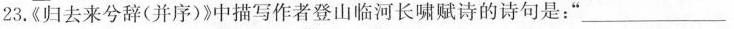
23.《归去来兮辞(并序)》中描写作者登山临河长啸赋诗的诗句是：‘’___